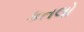
કતલો